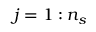
j = 1 : n _ { s }